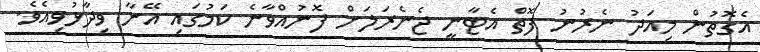
އެގޮތުން މިއަދު ނެރުނު ފޮތް އެޓާނީ ޖެނެރަލަށް ފޮނުއްވާނެ ކަމުގައި އޭނާ ވިދާޅުވިއެވެ.